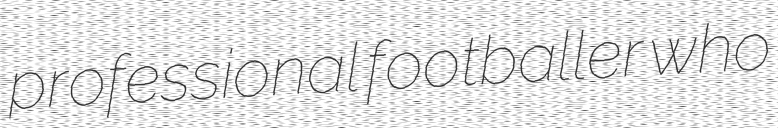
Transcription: professional footballer who